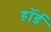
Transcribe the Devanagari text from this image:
हॉर्ड